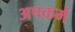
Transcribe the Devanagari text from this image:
अपकर्म